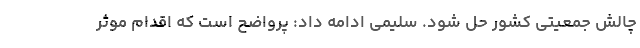
چالش جمعیتی کشور حل شود. سلیمی ادامه داد: پرواضح است که اقدام موثر